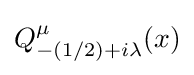
Q_{-(1/2)+i\lambda }^{\mu }(x)